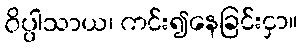
ဝိပ္ပါသာယ၊ ကင်း၍နေခြင်းငှာ။